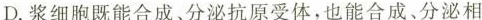
D.浆细胞既能合成、分泌抗原受体，也能合成、分泌相